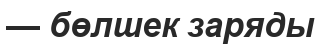
— бөлшек заряды